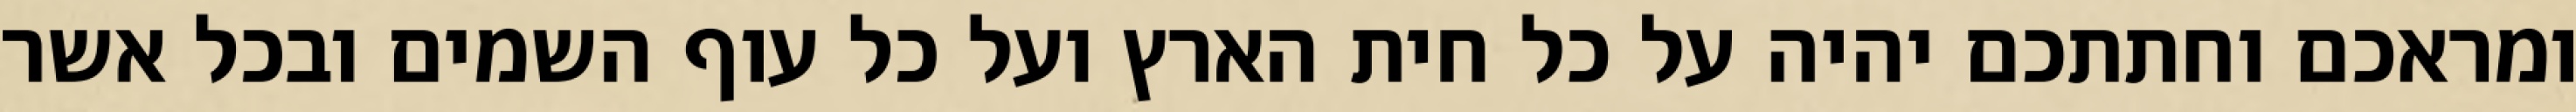
ומראכם וחתתכם יהיה על כל חית הארץ ועל כל עוף השמים ובכל אשר